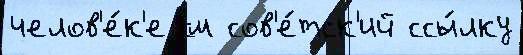
челов'е́к'е см сов'е́тск'ий ссы́лку